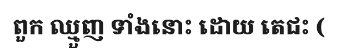
ពួក ឈ្មួញ ទាំងនោះ ដោយ តេជះ (